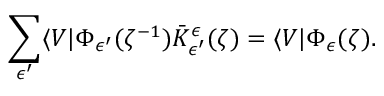
\sum _ { \epsilon ^ { \prime } } \langle V | \Phi _ { \epsilon ^ { \prime } } ( \zeta ^ { - 1 } ) \bar { K } _ { \epsilon ^ { \prime } } ^ { \epsilon } ( \zeta ) = \langle V | \Phi _ { \epsilon } ( \zeta ) .